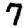
Digit: 7